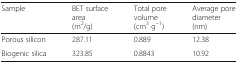
| Sample | BET surface area(m2/g) | Total pore volume(cm3 g−1) | Average pore diameter(nm) |
 | --- | --- | --- | --- |
 | Porous silicon | 287.11 | 0.889 | 12.38 |
 | Biogenic silica | 323.85 | 0.8843 | 10.92 |